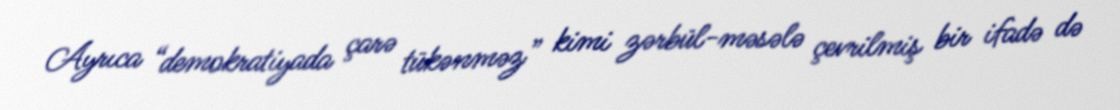
Ayrıca “demokratiyada çarə tükənməz” kimi zərbül-məsələ çevrilmiş bir ifadə də